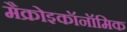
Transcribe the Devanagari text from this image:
मैक्रोइकॉनॉमिक